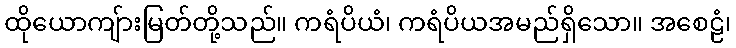
ထိုယောကျ်ားမြတ်တို့သည်။ ကရံပိယံ၊ ကရံပိယအမည်ရှိသော။ အစေဠံ၊